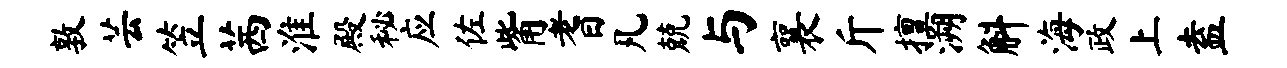
敦芸笠茜淮殿秘应佐觜耆凡兢与襄斤擅溯斛海政上盍